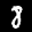
Label: 8